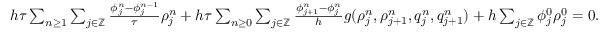
\begin{array} { r } { h \tau \sum _ { n \geq 1 } \sum _ { j \in \mathbb { Z } } \frac { \phi _ { j } ^ { n } - \phi _ { j } ^ { n - 1 } } { \tau } \rho _ { j } ^ { n } + h \tau \sum _ { n \geq 0 } \sum _ { j \in \mathbb { Z } } \frac { \phi _ { j + 1 } ^ { n } - \phi _ { j } ^ { n } } { h } g ( \rho _ { j } ^ { n } , \rho _ { j + 1 } ^ { n } , q _ { j } ^ { n } , q _ { j + 1 } ^ { n } ) + h \sum _ { j \in \mathbb { Z } } \phi _ { j } ^ { 0 } \rho _ { j } ^ { 0 } = 0 . } \end{array}